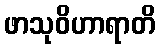
ဖာသုဝိဟာရာတိ